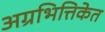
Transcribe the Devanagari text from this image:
अग्रभित्तिकेत